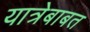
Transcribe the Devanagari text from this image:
यात्रेबाबत